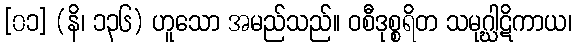
[၀၁] (နိ၊ ၁၃၆) ဟူသော အမည်သည်။ ဝစီဒုစ္စရိတ သမုဂ္ဃါဋိကာယ၊